system: You are a helpful assistant.
user:
Analyze the provided spectrum to determine if it is a **"Cataclysmic Variables (CV)"**.

- **Key Indicators for CV (Check for either state):**
    - **State 1: Quiescent / Low-State (Emission-Dominated)**
        - **(Primary):** Strong and *very broad* Hydrogen Balmer emission lines (e.g., $H\alpha$ at 6563 Å, $H\beta$ at 4861 Å). The 'broadness' (high velocity dispersion, often FWHM > 1000 km/s) is the key diagnostic, indicating a high-velocity accretion disk.
        - **(Secondary):** Broad neutral Helium (He I) emission lines (e.g., 5876 Å, 6678 Å).
        - **(Key Confirmation):** Presence of high-excitation *ionized* Helium (He II) emission at 4686 Å. This is a strong indicator of accretion onto a white dwarf.
        - **(Line Profile):** Emission lines may exhibit a 'double-peaked' profile, which is a classic signature of a rotating accretion disk viewed at high inclination.

    - **State 2: Outburst / High-State (Absorption-Dominated)**
        - **(Primary):** Spectrum is dominated by a bright, blue continuum (looks like a hot star).
        - **(Secondary):** The emission lines from State 1 are weak, absent, or 'filled in', and are replaced by broad, shallow *absorption* lines (primarily Balmer and He I).
        - **(Morphology):** The overall spectrum mimics a hot B/A-type star. The crucial difference is that the absorption lines are significantly broader, shallower, and more 'washed-out' (or 'smeared') than the sharp lines of a normal stellar photosphere, due to high rotational speeds and pressure broadening in the disk.

Think first, call **spectral_visualization_tool** if needed to examine features in detail, then provide your final answer. Your response must adhere to the following strict rules:
1.  **Overall Structure:** Your response must follow the format `<think>...</think> <tool_call>...</tool_call> (if a tool is used) <answer>...</answer>`.
2.  **Tool Usage Constraint:** You may only make **one** tool call per turn.
3.  **Final Answer Format:** In the `<answer>` tag, your conclusion must be inside a `\boxed{}` command (e.g., `\boxed{YES}`), followed by your justification.

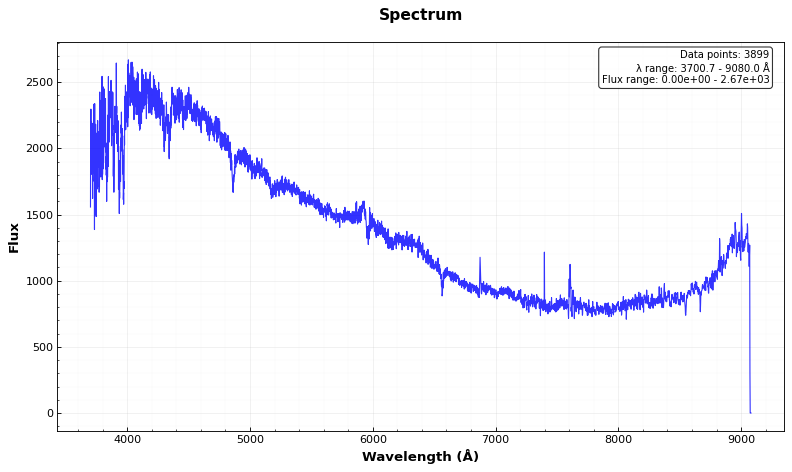
Answer: NO